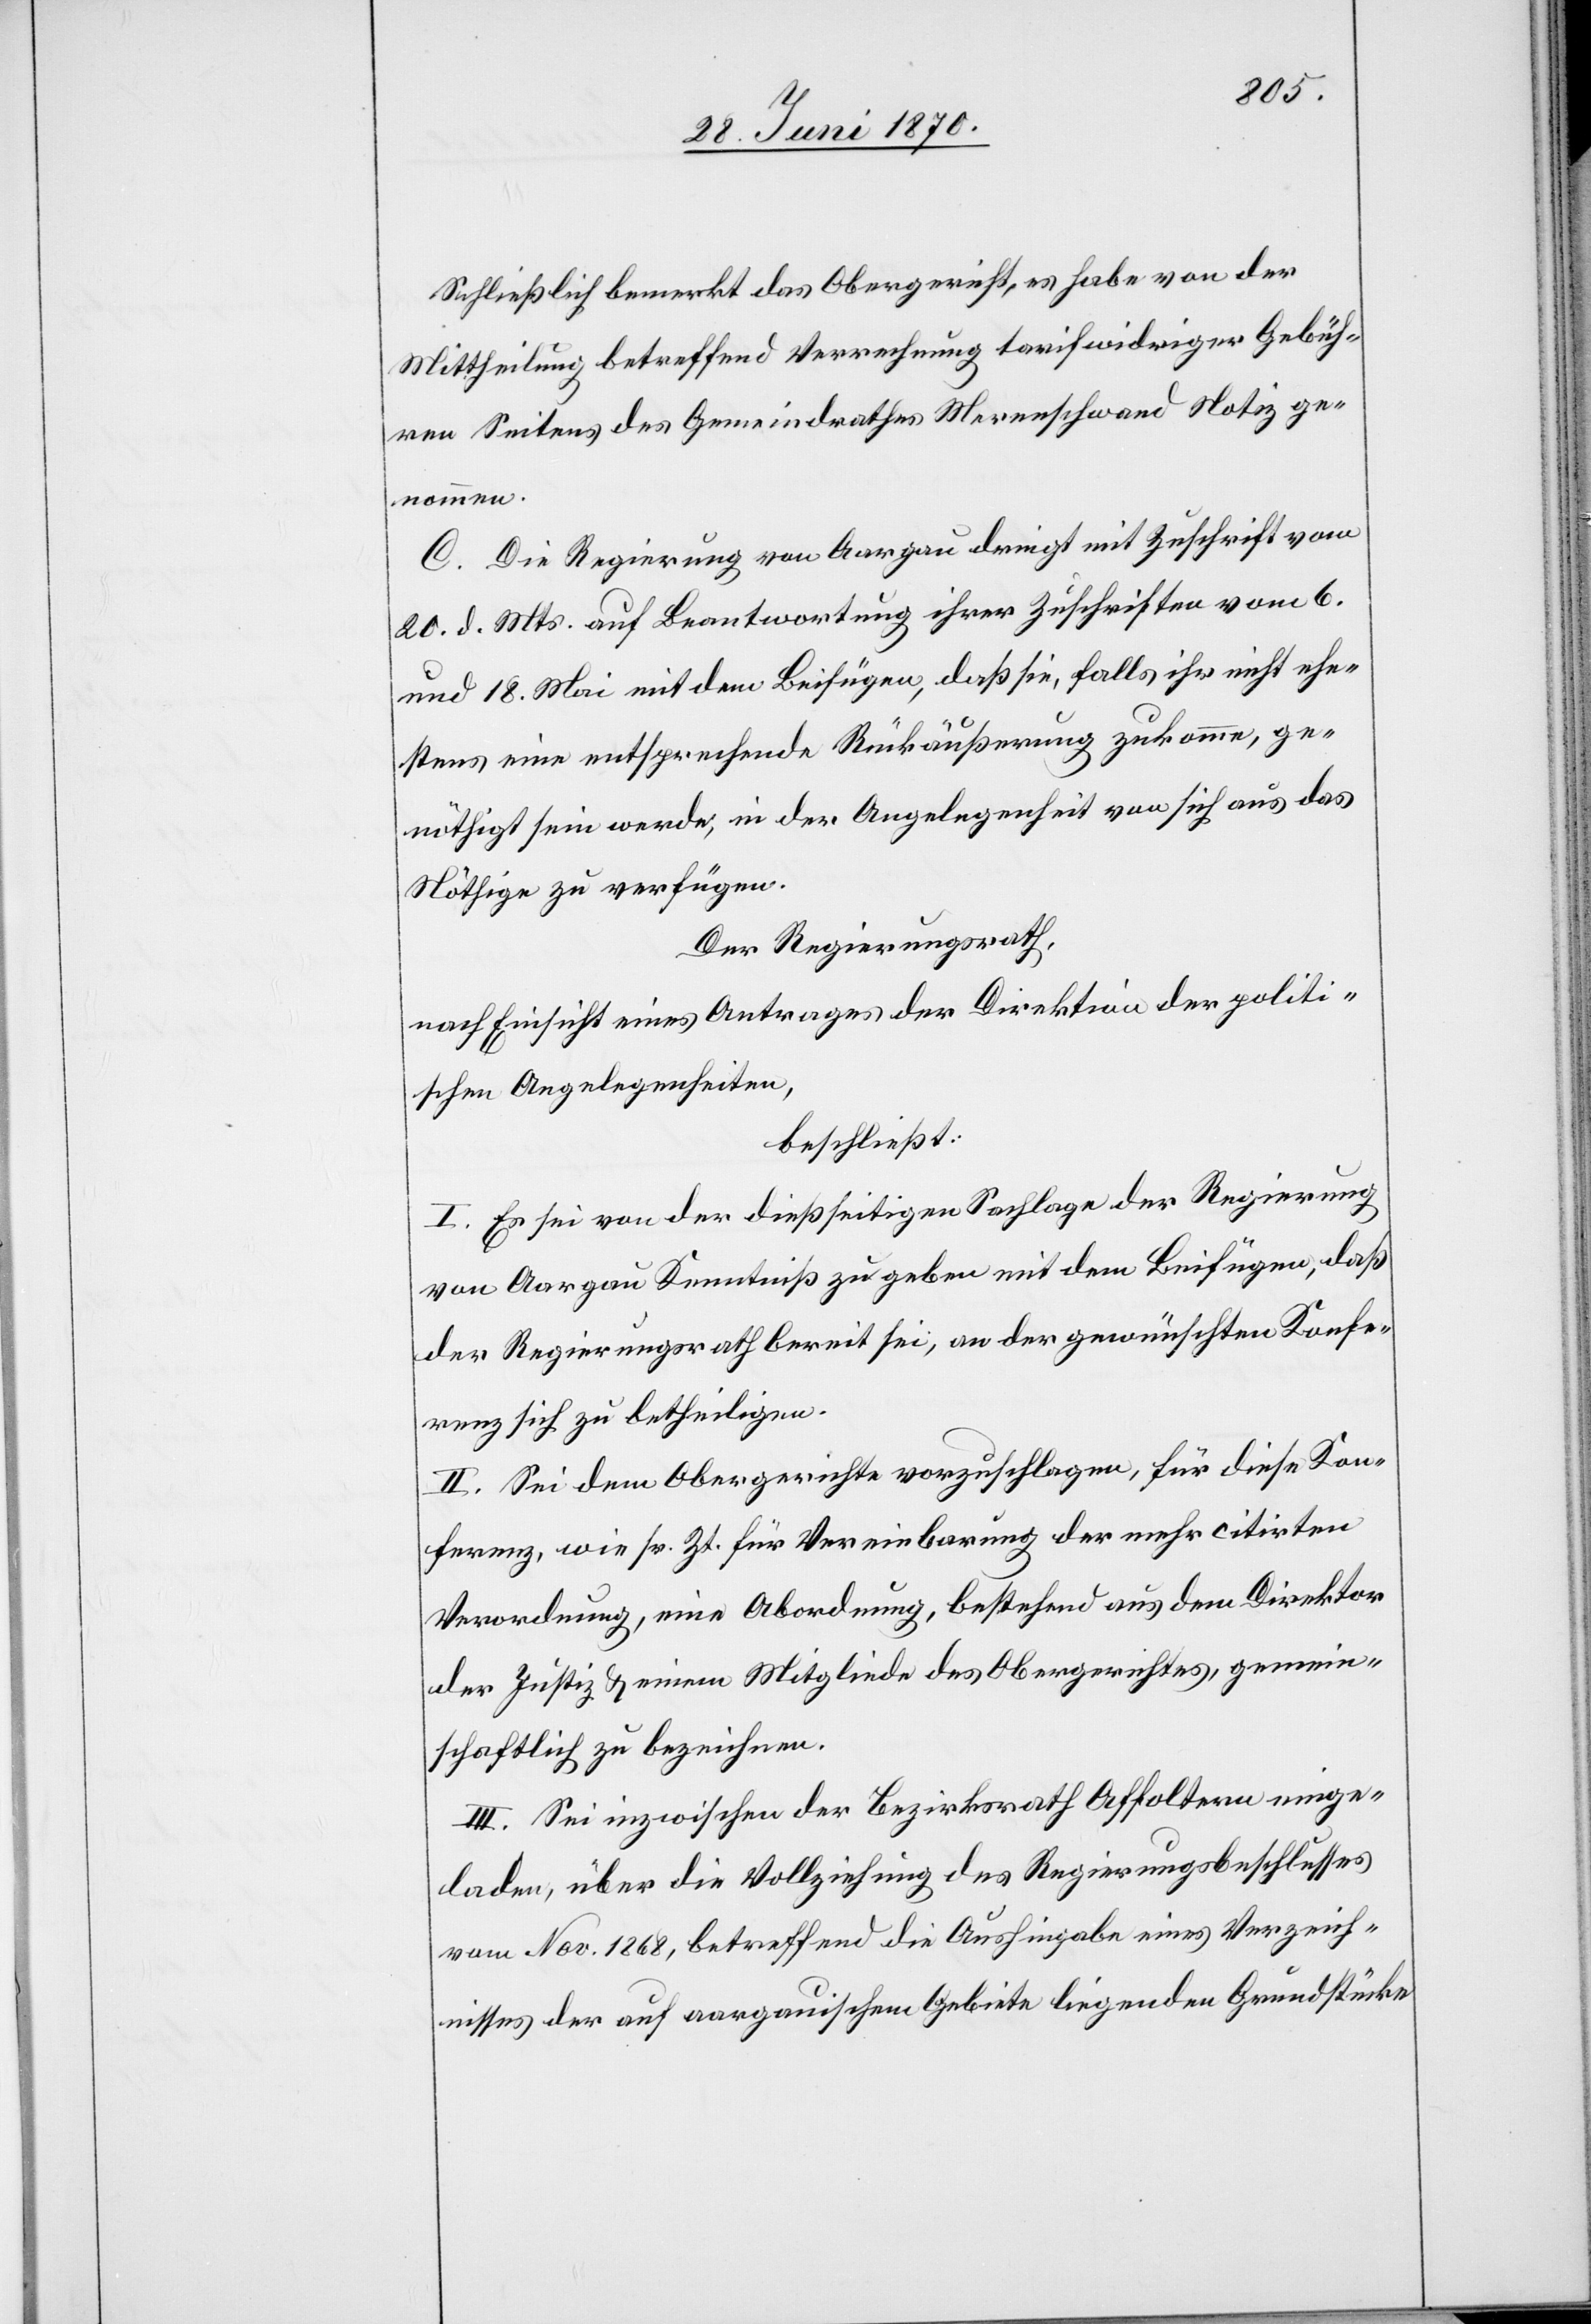
Schließlich bemerkt das Obergericht, es habe von der
Mittheilung betreffend Verrechnung tarifwidriger Gebüh¬
ren Seitens des Gemeindrathes Merenschwand Notiz ge¬
nommen.
C. Die Regierung von Aargau dringt mit Zuschrift vom
20. d. Mts. auf Beantwortung ihrer Zuschriften vom 6.
und 18. Mai mit dem Beifügen, daß sie, falls ihr nicht ehe¬
stens eine entsprechende Rückäußerung zukomme, ge¬
nöthigt sein werde, in der Angelegenheit von sich aus das
Nöthige zu verfügen.
Der Regierungsrath,
nach Einsicht eines Antrages der der Direktion der politi¬
schen Angelegenheiten,
beschließt:
I. Es sei von der dießseitigen Sachlage der Regierung
von Aargau Kenntniß zu geben mit dem Beifügen, daß
der Regierungsrath bereit sei, an der gewünschten Konfe¬
renz sich zu betheiligen.
II. Sei dem Obergerichte vorzuschlagen, für diese Kon¬
ferenz, wie sr. Zt. für Vereinbarung der mehrcitirten
Verordnung, eine Abordnung, bestehend aus dem Direktor
der Justiz & einem Mitgliede des Obergerichtes, gemein¬
schaftlich zu bezeichnen.
III. Sei inzwischen der Bezirksrath Affoltern einge¬
laden, über die Vollziehung des Regierungsbeschlusses
vom Nov. 1868, betreffend die Aushingabe eines Verzeich¬
nisses der auf aargauischem Gebiete liegenden Grundstücke